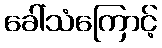
ခေါ်သံကြောင့်